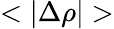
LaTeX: <|\Delta\rho|>